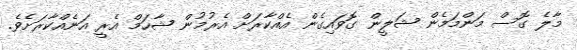
މާލެ ގޮސް މަންމަމެން ޝަލީން ގޮވައިގެން އެއްކާރަށް އެރުމުން ޝާހަމް އެރީ އަނެއްކާރަށެވެ.